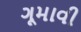
ગૂમાવી